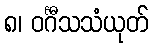
၈၊ ဝင်္ဂီသသံယုတ်